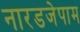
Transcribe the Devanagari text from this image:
नारडजेपाम